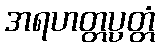
အရဟတ္တပ္ပတ္တံ